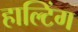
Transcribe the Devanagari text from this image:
हाल्टिंग